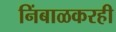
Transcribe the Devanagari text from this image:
निंबाळकरही